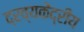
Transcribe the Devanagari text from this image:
द्रव्यकेंद्रीय